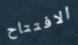
الافتتاح